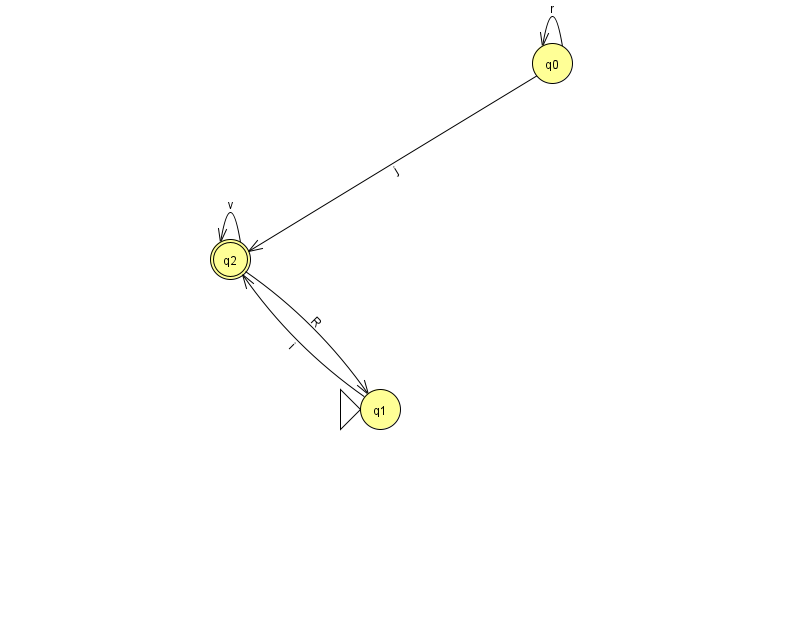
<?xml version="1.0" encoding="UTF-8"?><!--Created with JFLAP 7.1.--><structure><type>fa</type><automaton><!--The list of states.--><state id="0" name="q0"><x>552.0</x><y>50.0</y></state><state id="1" name="q1"><x>380.0</x><y>396.0</y><initial/></state><state id="2" name="q2"><x>230.0</x><y>246.0</y><final/></state><!--The list of transitions.--><transition><from>0</from><to>0</to><read>r</read></transition><transition><from>1</from><to>2</to><read>i</read></transition><transition><from>2</from><to>2</to><read>v</read></transition><transition><from>2</from><to>1</to><read>R</read></transition><transition><from>0</from><to>2</to><read>j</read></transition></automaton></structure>